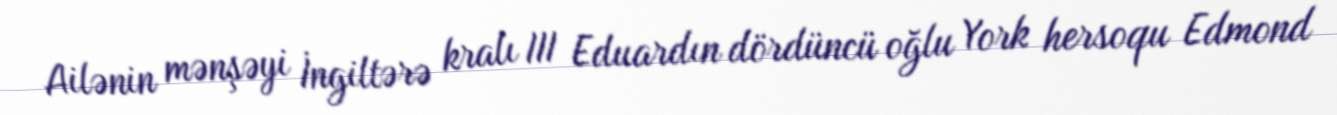
Ailənin mənşəyi İngiltərə kralı III Eduardın dördüncü oğlu York hersoqu Edmond